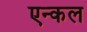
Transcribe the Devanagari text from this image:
एन्कल